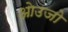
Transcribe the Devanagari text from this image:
ओउजो